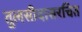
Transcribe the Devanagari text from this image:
तुलसीदासरचित